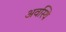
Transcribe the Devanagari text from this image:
अवस्थि